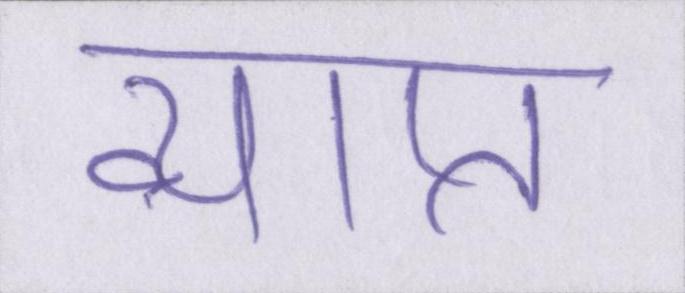
व्याप्त